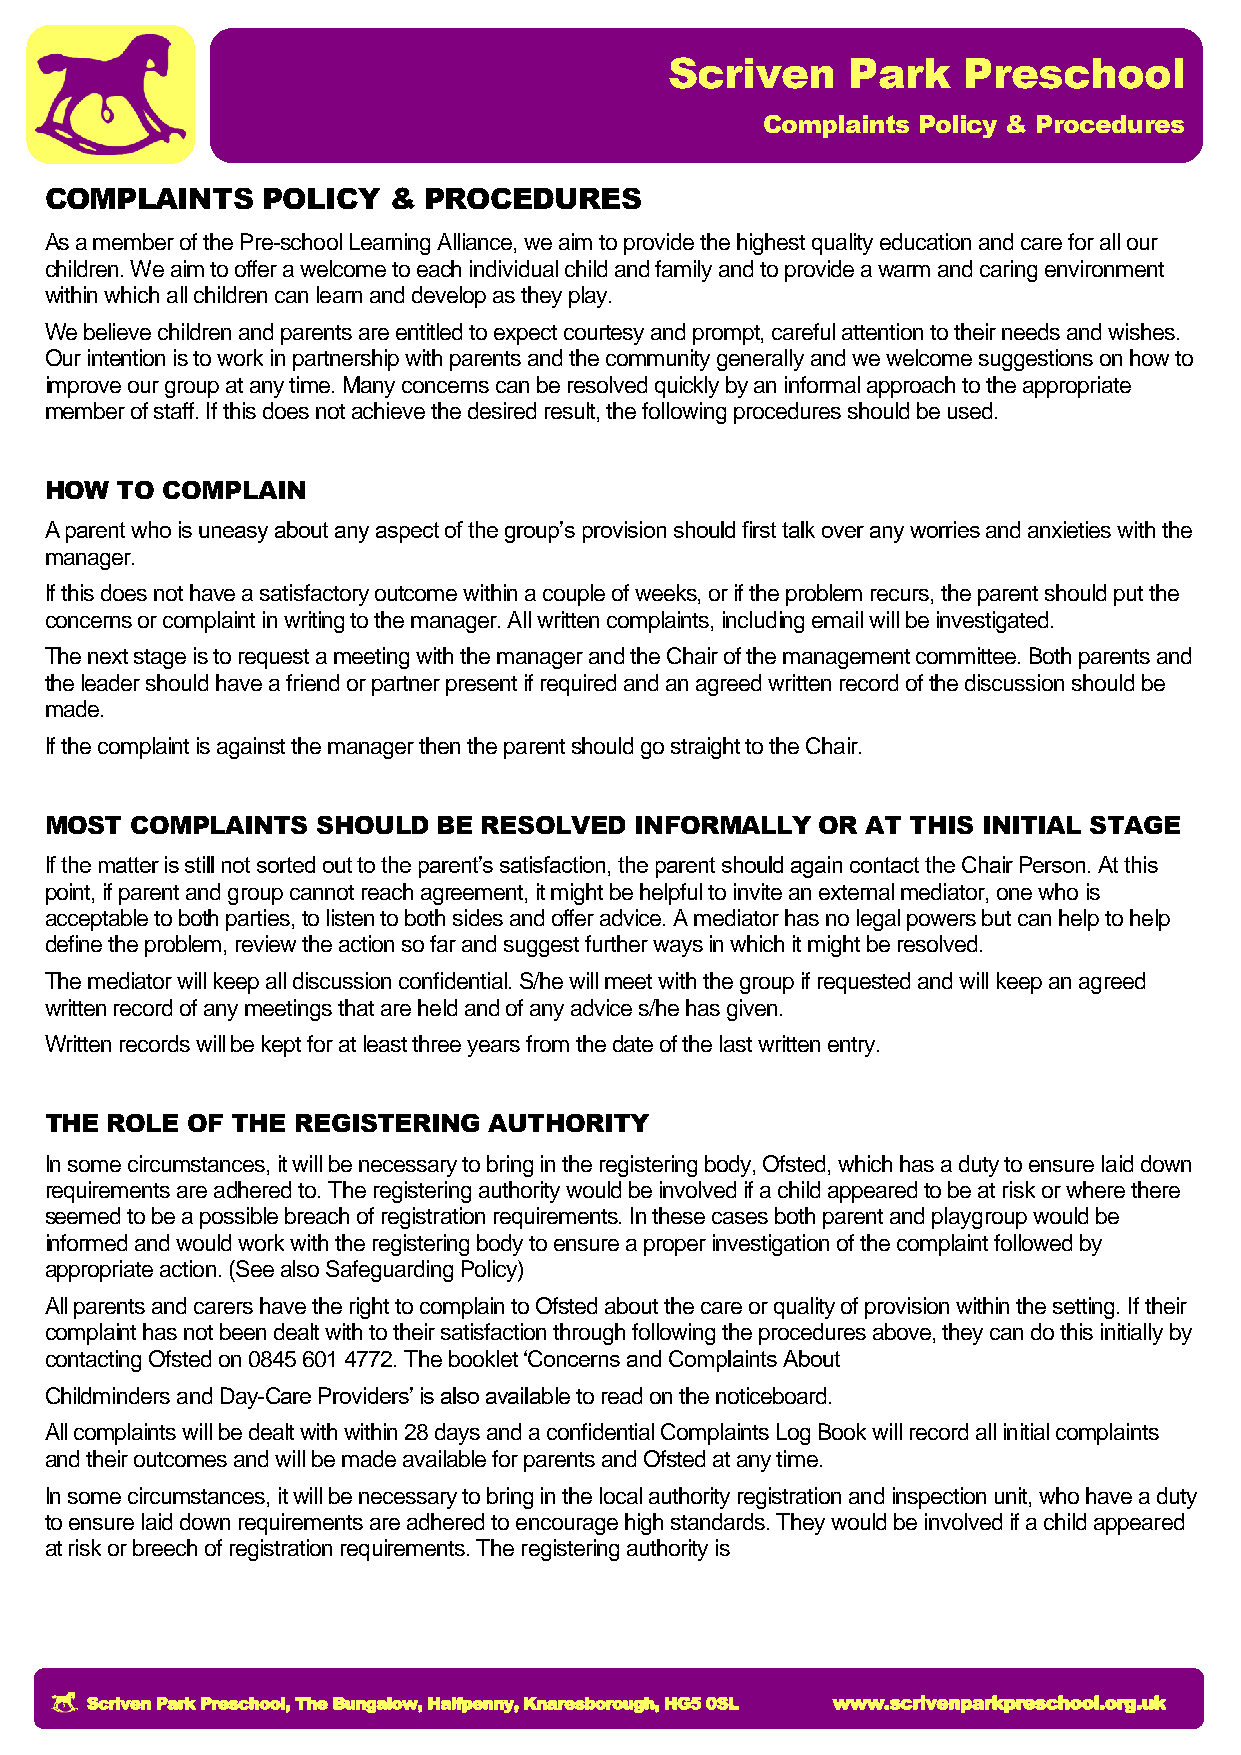
Scriven     Park    Preschool
 Complaints Policy & Procedures
 COMPLAINTS    POLICY   & PROCEDURES
 As a member of the Pre-school Learning Alliance, we aim to provide the highest quality education and care for all our
 children. We aim to offer a welcome to each individual child and family and to provide a warm and caring environment
 within which all children can learn and develop as they play.
 We believe children and parents are entitled to expect courtesy and prompt, careful attention to their needs and wishes.
 Our intention is to work in partnership with parents and the community generally and we welcome suggestions on how to
 improve our group at any time. Many concerns can be resolved quickly by an informal approach to the appropriate
 member of staff. If this does not achieve the desired result, the following procedures should be used.
 HOW  TO COMPLAIN
 A parent who is uneasy about any aspect of the group’s provision should first talk over any worries and anxieties with the
 manager.
 If this does not have a satisfactory outcome within a couple of weeks, or if the problem recurs, the parent should put the
 concerns or complaint in writing to the manager. All written complaints, including email will be investigated.
 The next stage is to request a meeting with the manager and the Chair of the management committee. Both parents and
 the leader should have a friend or partner present if required and an agreed written record of the discussion should be
 made.
 If the complaint is against the manager then the parent should go straight to the Chair.
 MOST  COMPLAINTS  SHOULD  BE RESOLVED  INFORMALLY  OR AT THIS INITIAL STAGE
 If the matter is still not sorted out to the parent’s satisfaction, the parent should again contact the Chair Person. At this
 point, if parent and group cannot reach agreement, it might be helpful to invite an external mediator, one who is
 acceptable to both parties, to listen to both sides and offer advice. A mediator has no legal powers but can help to help
 define the problem, review the action so far and suggest further ways in which it might be resolved.
 The mediator will keep all discussion confidential. S/he will meet with the group if requested and will keep an agreed
 written record of any meetings that are held and of any advice s/he has given.
 Written records will be kept for at least three years from the date of the last written entry.
 THE ROLE OF THE REGISTERING  AUTHORITY
 In some circumstances, it will be necessary to bring in the registering body, Ofsted, which has a duty to ensure laid down
 requirements are adhered to. The registering authority would be involved if a child appeared to be at risk or where there
 seemed to be a possible breach of registration requirements. In these cases both parent and playgroup would be
 informed and would work with the registering body to ensure a proper investigation of the complaint followed by
 appropriate action. (See also Safeguarding Policy)
 All parents and carers have the right to complain to Ofsted about the care or quality of provision within the setting. If their
 complaint has not been dealt with to their satisfaction through following the procedures above, they can do this initially by
 contacting Ofsted on 0845 601 4772. The booklet ‘Concerns and Complaints About
 Childminders and Day-Care Providers’ is also available to read on the noticeboard.
 All complaints will be dealt with within 28 days and a confidential Complaints Log Book will record all initial complaints
 and their outcomes and will be made available for parents and Ofsted at any time.
 In some circumstances, it will be necessary to bring in the local authority registration and inspection unit, who have a duty
 to ensure laid down requirements are adhered to encourage high standards. They would be involved if a child appeared
 at risk or breech of registration requirements. The registering authority is
 Scriven Park Preschool, The Bungalow, Halfpenny, Knaresborough, HG5 0SL www.scrivenparkpreschool.org.uk